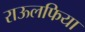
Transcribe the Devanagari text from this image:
राऊलफिया